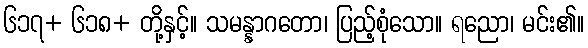
၆၁၇+ ၆၁၈+ တို့နှင့်။ သမန္နာဂတော၊ ပြည့်စုံသော။ ရညော၊ မင်း၏။